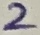
Text: 2